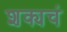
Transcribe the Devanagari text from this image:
शक्यचं